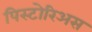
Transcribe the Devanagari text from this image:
पिस्टोरिअस